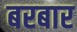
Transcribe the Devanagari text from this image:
बरबार